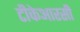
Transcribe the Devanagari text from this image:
टीकेआरसी